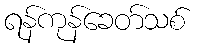
ရန်ကုန်ခေတ်သစ်